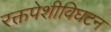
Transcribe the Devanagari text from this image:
रक्तपेशीविघटन